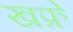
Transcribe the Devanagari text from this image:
खफ्रे